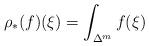
LaTeX: \begin{align*}\rho_*(f)(\xi) = \int_{\Delta^m} f(\xi)\end{align*}